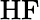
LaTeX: \mathrm{HF}